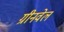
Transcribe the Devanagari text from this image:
ग्रीनवेल